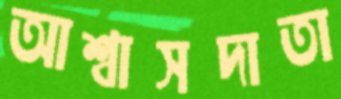
আশ্বাসদাতা